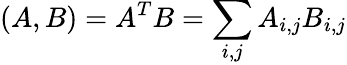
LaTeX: (A,B)=A^{T}B=\sum_{i,j}A_{i,j}B_{i,j}